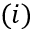
( i )